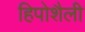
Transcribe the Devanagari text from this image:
हिपोशैली